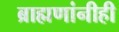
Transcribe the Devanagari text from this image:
ब्राह्मणांनीही